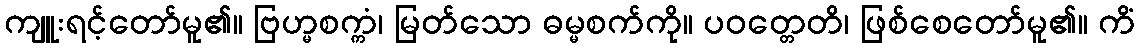
ကျူးရင့်တော်မူ၏။ ဗြဟ္မစက္ကံ၊ မြတ်သော ဓမ္မစက်ကို။ ပဝတ္တေတိ၊ ဖြစ်စေတော်မူ၏။ ကိံ